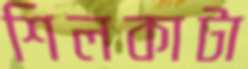
শিলকাটা